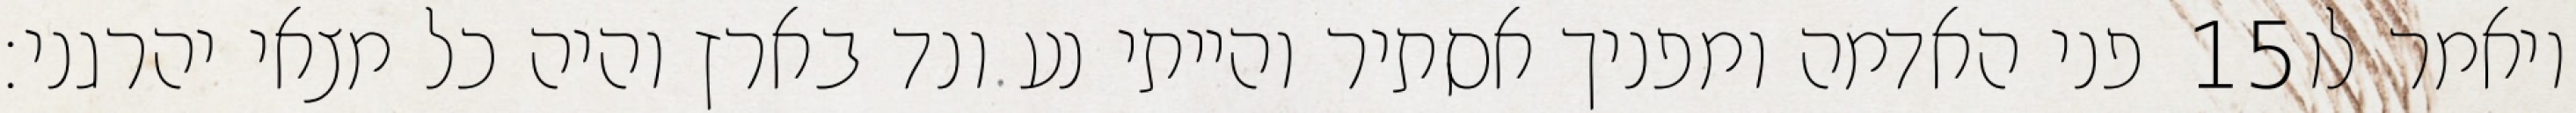
פני האדמה ומפניך אסתיר והייתי נע ונד בארץ והיה כל מצאי יהרגני׃ ‎15‏ ויאמר לו